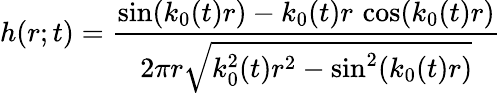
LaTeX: h(r;t)=\frac{\sin(k_{0}(t)r)-k_{0}(t)r\, \cos(k_{0}(t)r)}{2\pi r\sqrt{k_{0}^{2}(t)r^{2}-\sin^{2}(k_{0}(t)r)}}